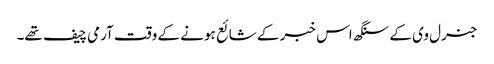
جنرل وی کے سنگھ اس خبر کے شائع ہونے کے وقت آرمی چیف تھے۔